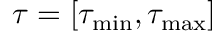
{ \tau } = [ { \tau _ { \operatorname* { m i n } } } , { \tau _ { \operatorname* { m a x } } } ]